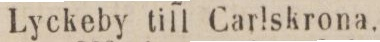
Lyckeby till Carlskrona,